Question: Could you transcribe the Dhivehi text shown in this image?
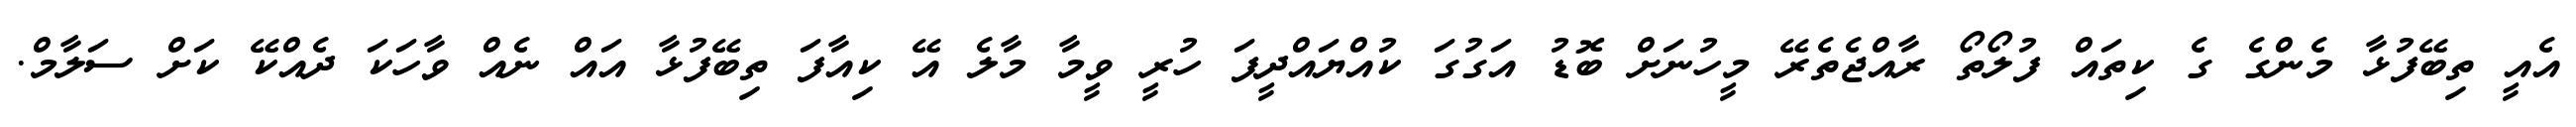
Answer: އެއީ ތިބޭފުޅާ މެންގެ ގެ ކިތައް ފުލޯތޯ ރާއްޖެތެރޭ މީހުނަށް ބޮޑު އަގުގަ ކުއްޔައްދީފަ ހުރީ ވީމާ މާލެ އޭ ކިއާފަ ތިބޭފުޅާ އައް ނެއް ވާހަކަ ދެއްކޭ ކަށް ސަލާމް.